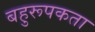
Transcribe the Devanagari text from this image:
बहुरूपकता